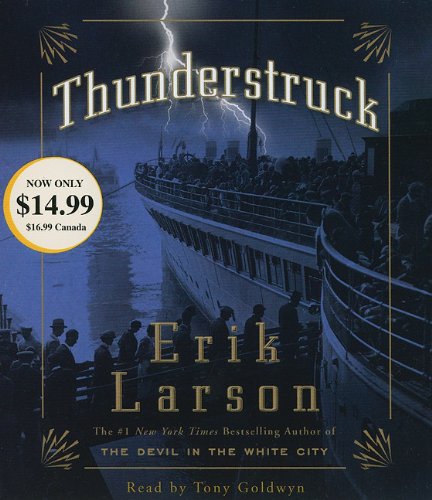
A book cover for Thunderstruck; Erik Larson; Humor & Entertainment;